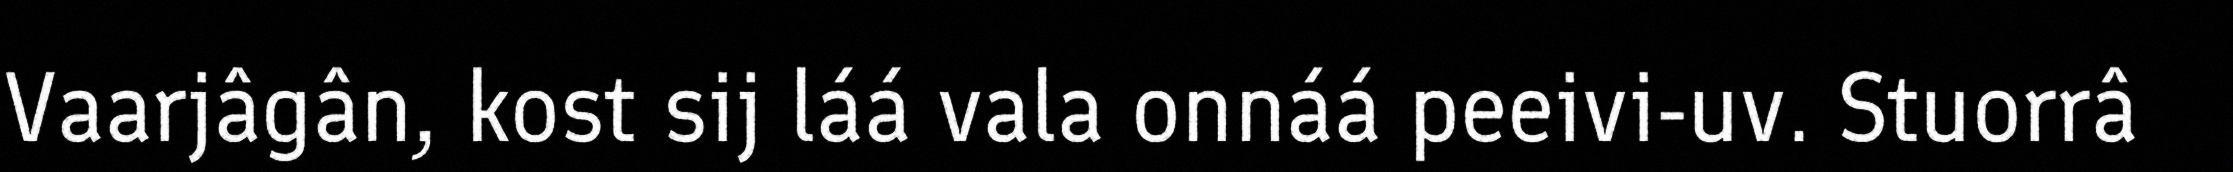
Vaarjâgân, kost sij láá vala onnáá peeivi-uv. Stuorrâ